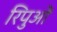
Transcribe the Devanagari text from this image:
रिपुओं